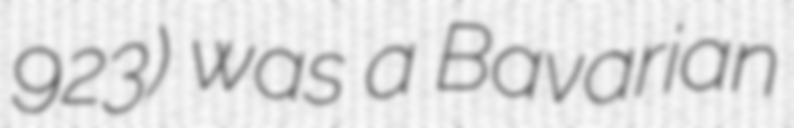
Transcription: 923) was a Bavarian